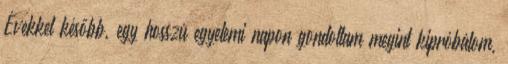
Évekkel később, egy hosszú egyetemi napon gondoltam megint kipróbálom,